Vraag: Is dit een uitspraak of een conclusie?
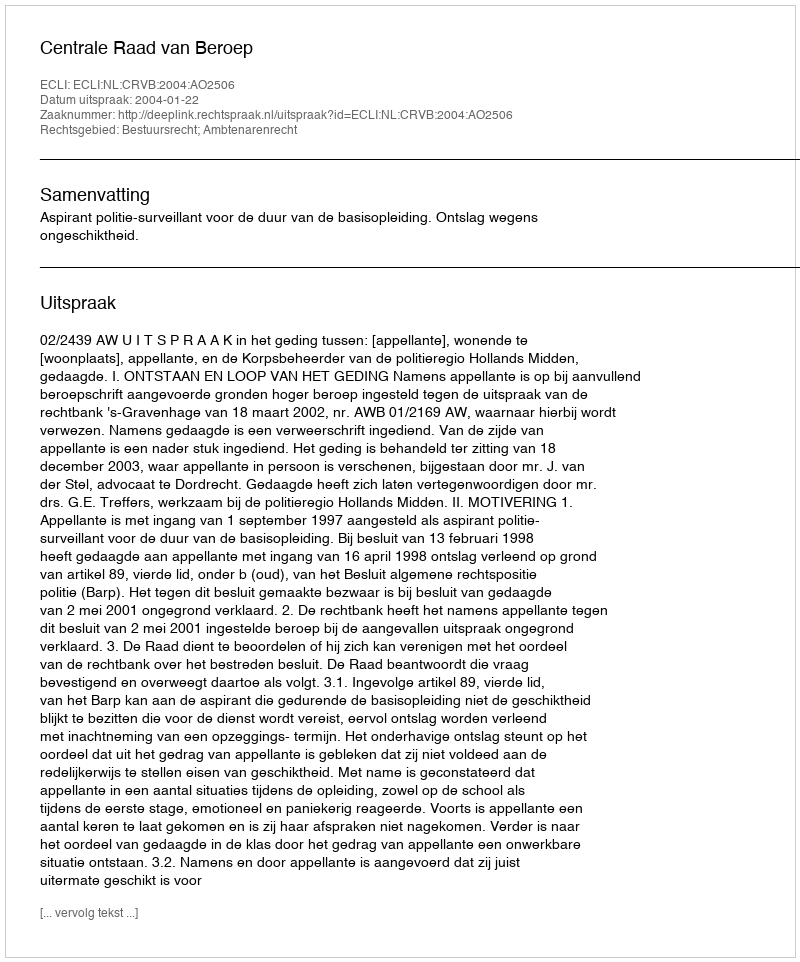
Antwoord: Uitspraak